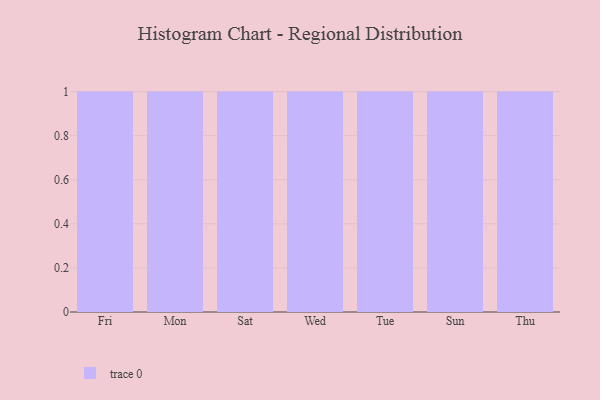
{"axis": {"x": "Day", "y": "Waste Production (Tons)"}, "legend": [""], "data": [{"x": "Fri", "y": 63, "type": ""}, {"x": "Mon", "y": 86, "type": ""}, {"x": "Sat", "y": 13, "type": ""}, {"x": "Wed", "y": 26, "type": ""}, {"x": "Tue", "y": 17, "type": ""}, {"x": "Sun", "y": 87, "type": ""}, {"x": "Thu", "y": 98, "type": ""}]}